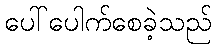
ပေါ်ပေါက်စေခဲ့သည်